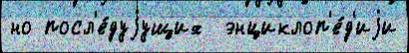
но посл'е́дуjущих  энциклоп'е́д'иjи